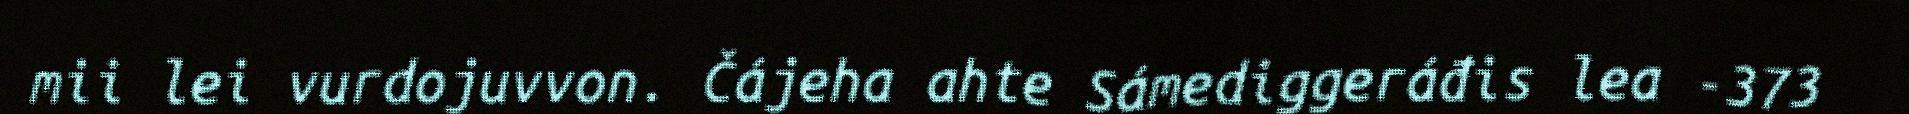
mii lei vurdojuvvon. Čájeha ahte Sámediggeráđis lea -373